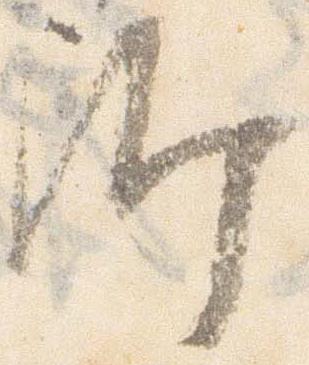
沙